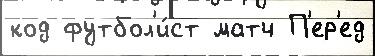
код футбол'и́ст матч П'ер'ед